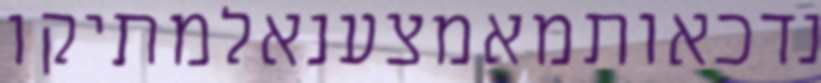
נדכאותמאמצענאלמתיקו